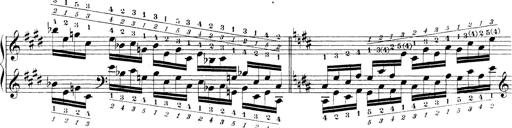
Title: Technische Studien
Composer: Franz Liszt